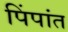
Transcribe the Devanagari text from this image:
पिंपांत